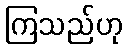
ကြသည်ဟု